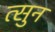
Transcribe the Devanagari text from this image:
त्सुन